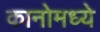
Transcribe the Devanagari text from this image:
कानोमध्ये